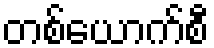
တစ်ယောက်စီ